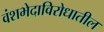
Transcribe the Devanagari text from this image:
वंशभेदाविरोधातील